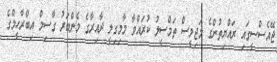
ޖޭއެސްސީގައި ރައްޔިތުންގެ މަޖިލީސް ތަމްސީލު ކުރައްވާ މާމިގިލީ ދާއިރާގެ މެންބަރު ގާސިމް އިބްރާހީމްގެ